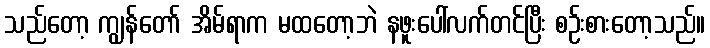
သည်တော့ ကျွန်တော် အိမ်ရာက မထတော့ဘဲ နဖူးပေါ်လက်တင်ပြီး စဉ်းစားတော့သည်။